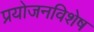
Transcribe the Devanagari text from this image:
प्रयोजनविशेष